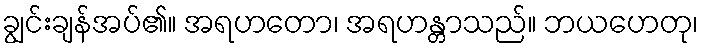
ချွင်းချန်အပ်၏။ အရဟတော၊ အရဟန္တာသည်။ ဘယဟေတု၊